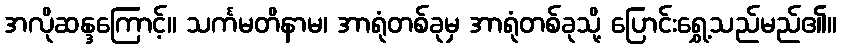
အလိုဆန္ဒကြောင့်။ သင်္ကမတိနာမ၊ အာရုံတစ်ခုမှ အာရုံတစ်ခုသို့ ပြောင်းရွှေ့သည်မည်၏။